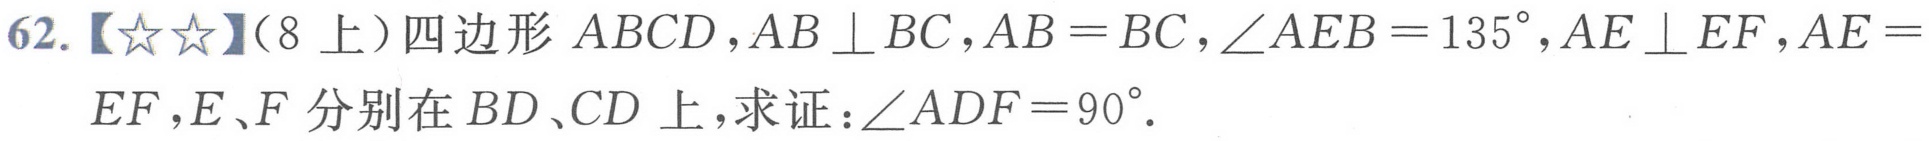
62.【\(★★\)】（8上）四边形 \(ABCD\)，\(AB\perp BC\)，\(AB = BC\)，\(\angle AEB = 135^{\circ}\)，\(AE\perp EF\)，\(AE = EF\)，\(E、F\) 分别在 \(BD、CD\) 上，求证：\(\angle ADF = 90^{\circ}\).